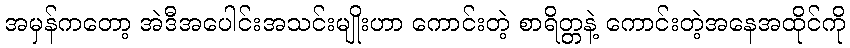
အမှန်ကတော့ အဲဒီအပေါင်းအသင်းမျိုးဟာ ကောင်းတဲ့ စာရိတ္တနဲ့ ကောင်းတဲ့အနေအထိုင်ကို